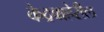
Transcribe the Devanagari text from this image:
केद्रबाहेरील